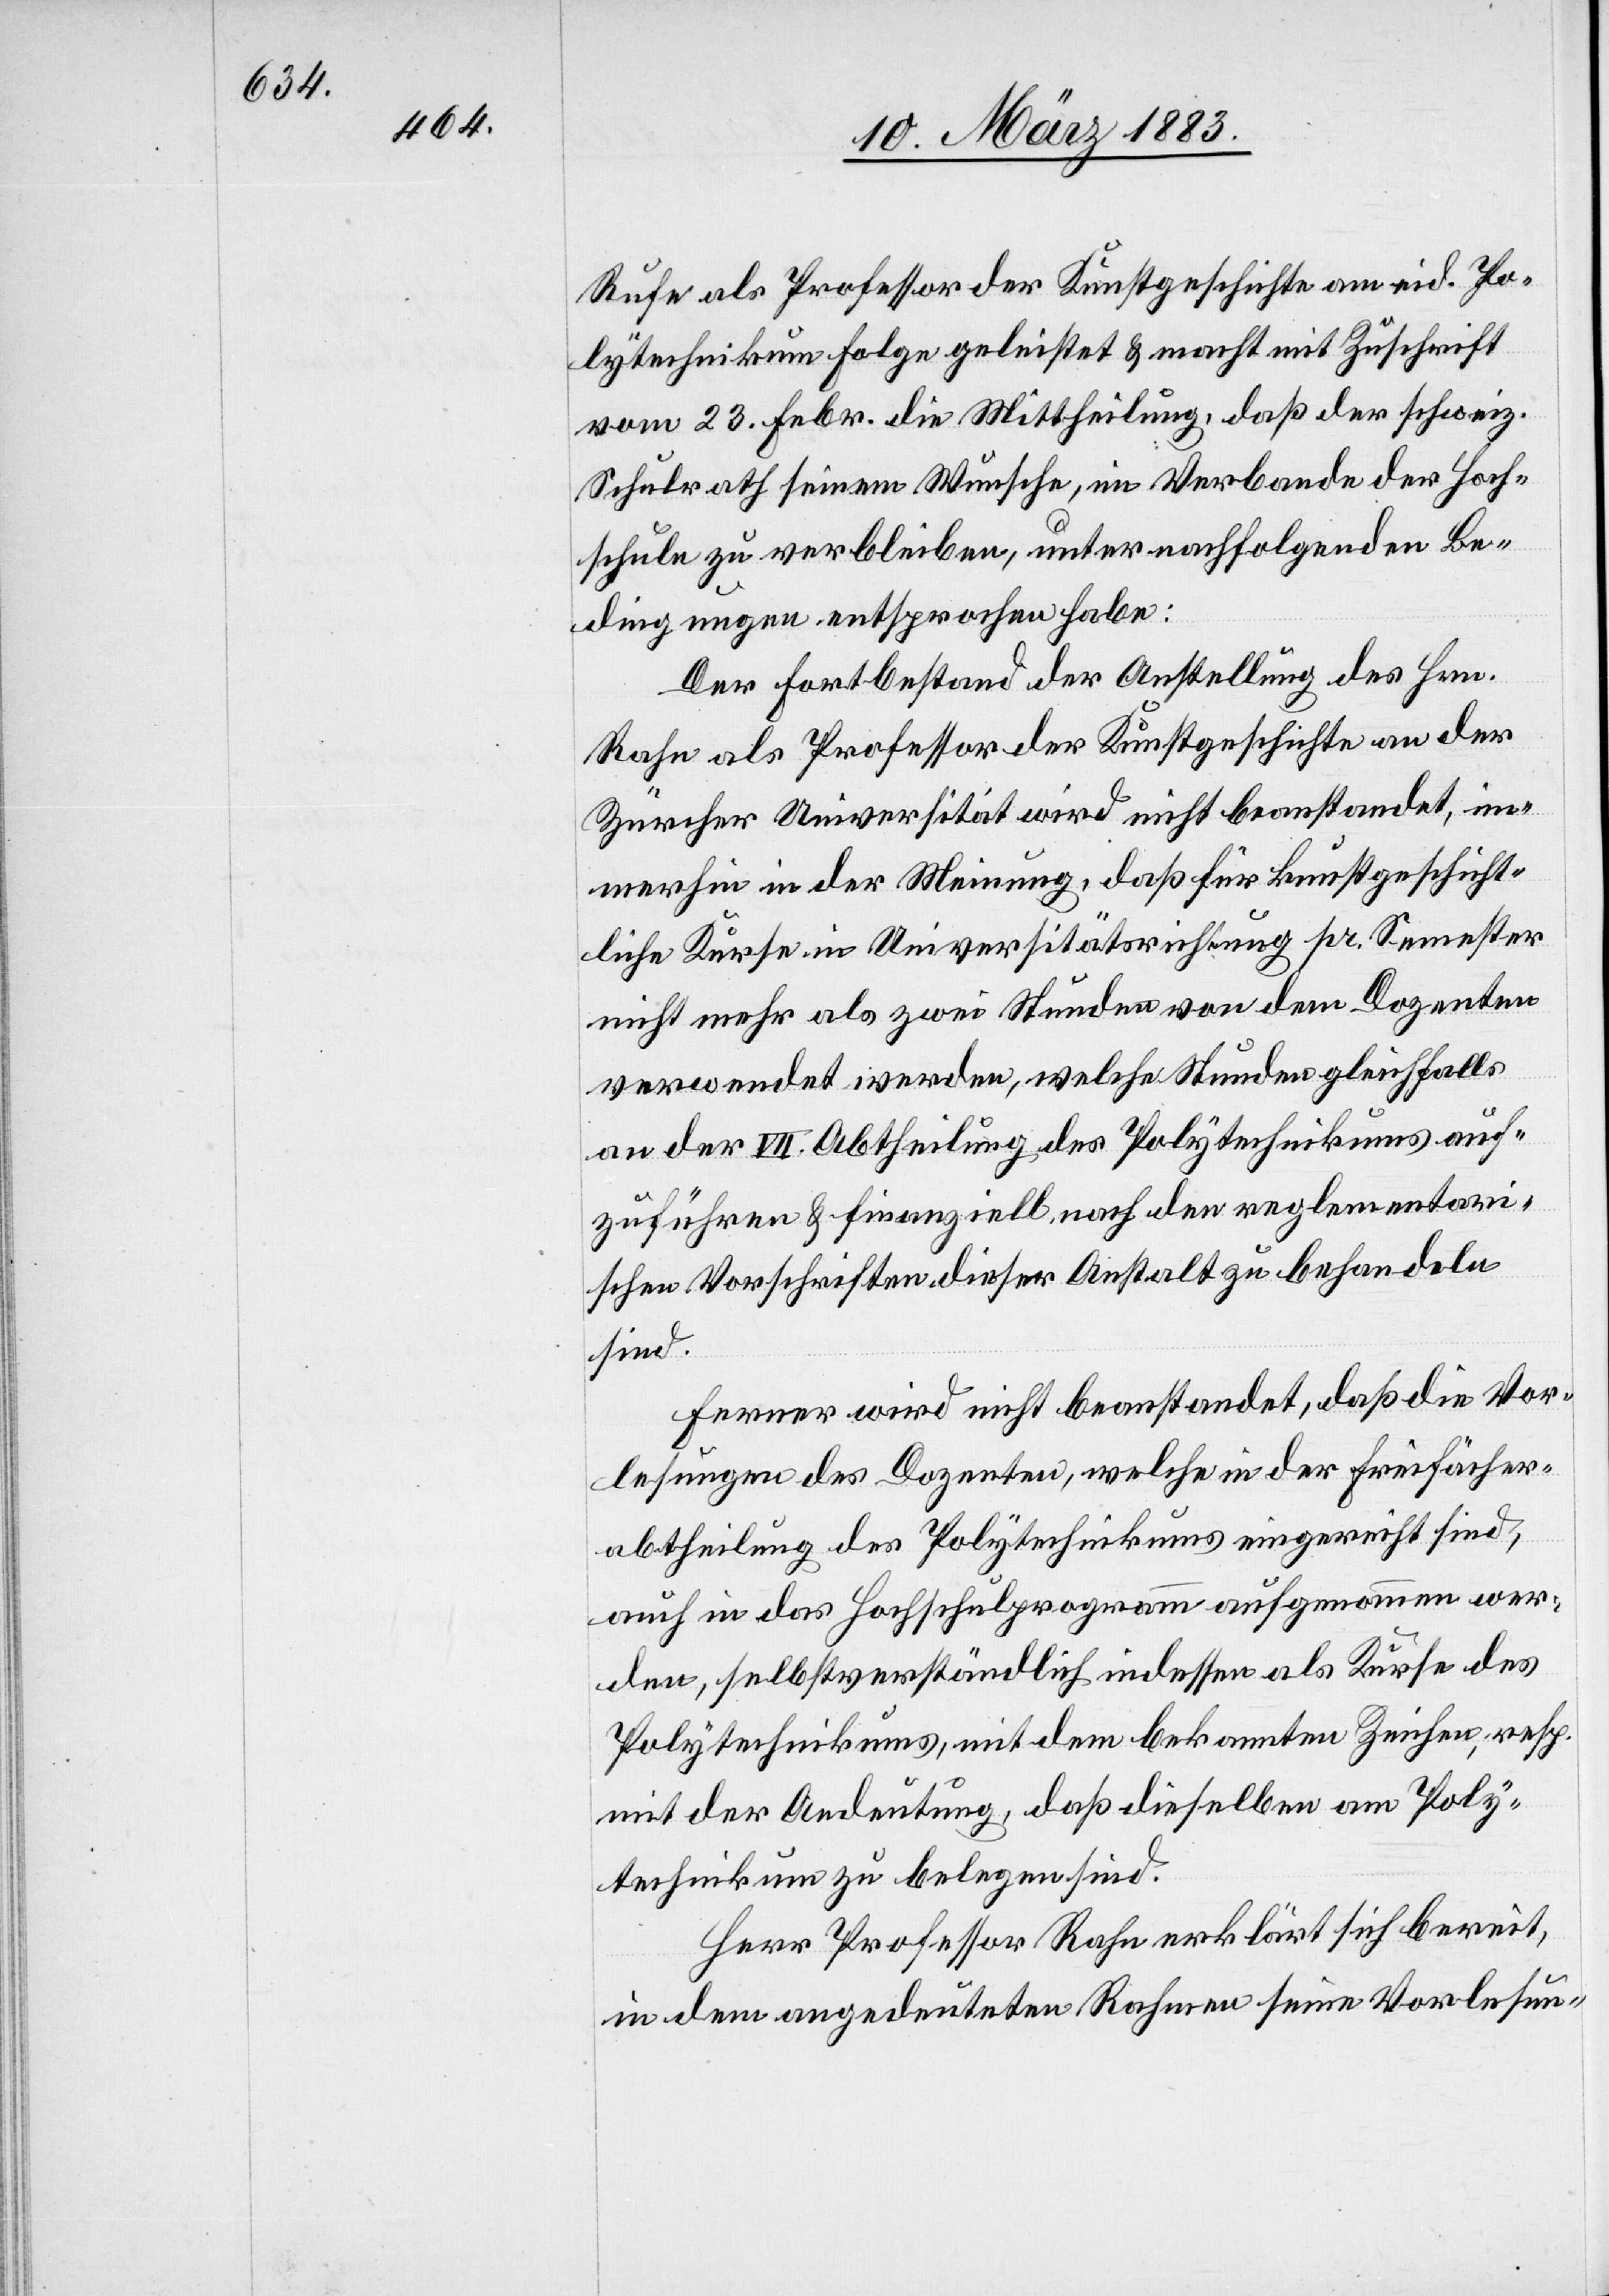
& 4.

der